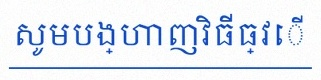
សូមបង្ហាញវិធីធ្វើ